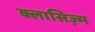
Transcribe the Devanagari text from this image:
क्लासिज़्म